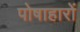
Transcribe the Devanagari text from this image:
पोषाहारों